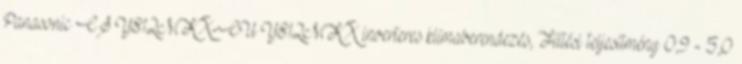
Panasonic CS‐YE12MKX-CU‐YE12MKX inverteres klímaberendezés, Fűtési teljesítmény 0,9 - 5,0